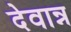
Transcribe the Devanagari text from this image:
देवान्न